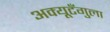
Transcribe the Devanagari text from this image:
अक्यूटँगुला